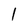
Character: 1